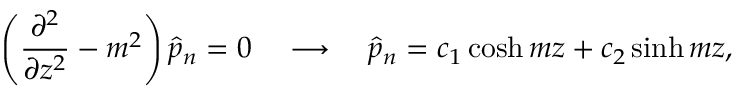
\left( \frac { \partial ^ { 2 } } { \partial z ^ { 2 } } - m ^ { 2 } \right) \hat { p } _ { n } = 0 \ \ \ \longrightarrow \ \ \ \hat { p } _ { n } = c _ { 1 } \cosh { m z } + c _ { 2 } \sinh { m z } ,